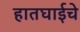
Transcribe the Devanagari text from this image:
हातघाईचे